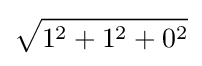
{\sqrt {1^{2}+1^{2}+0^{2}}}